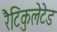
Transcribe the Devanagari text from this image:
रैटिकुलेटेड